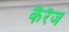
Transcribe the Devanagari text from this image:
कैरैज